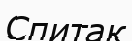
Спитак